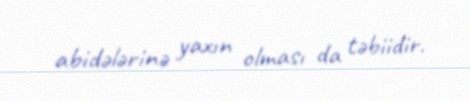
abidələrinə yaxın olması da təbiidir.